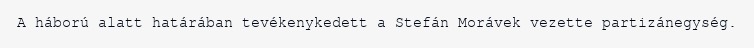
A háború alatt határában tevékenykedett a Stefán Morávek vezette partizánegység.